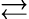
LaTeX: \rightleftarrows